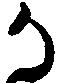
か